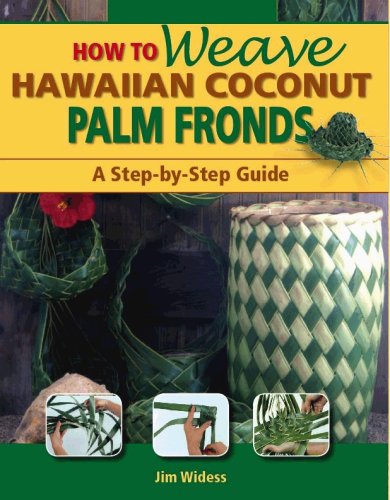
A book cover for How to Weave Hawaiian Coconut Palm Fronds; Jim Widess; Crafts, Hobbies & Home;